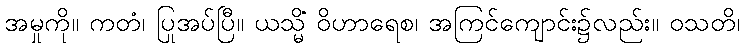
အမှုကို။ ကတံ၊ ပြုအပ်ပြီ။ ယသ္မိံ ဝိဟာရေစ၊ အကြင်ကျောင်း၌လည်း။ ဝသတိ၊